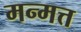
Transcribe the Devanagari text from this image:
मन्मत्त